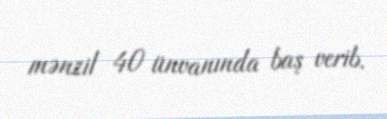
mənzil 40 ünvanında baş verib.